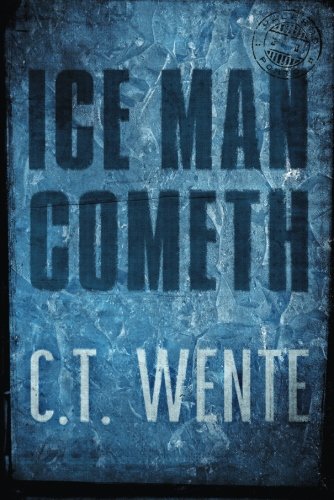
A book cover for Ice Man Cometh (Jeri Halston); C. T. Wente; Mystery, Thriller & Suspense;